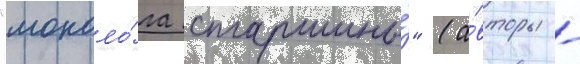
"моноло́га старшины́" (а́вторы -